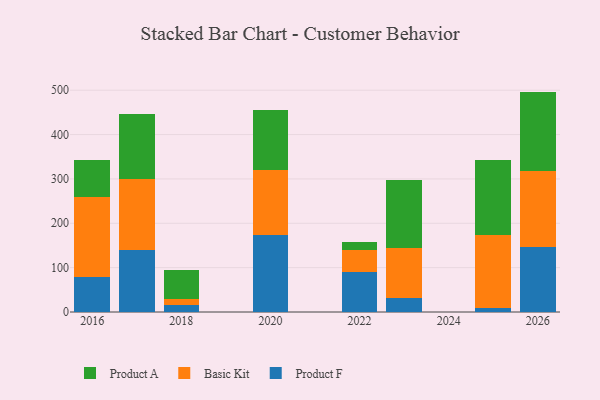
{"axis": {"x": "Year", "y": "Budget (USD K)"}, "legend": ["Basic Kit", "Product A", "Product F"], "data": [{"x": "2023", "y": 30.9, "type": "Product F"}, {"x": "2023", "y": 112.4, "type": "Basic Kit"}, {"x": "2023", "y": 155.3, "type": "Product A"}, {"x": "2016", "y": 78.4, "type": "Product F"}, {"x": "2016", "y": 180.0, "type": "Basic Kit"}, {"x": "2016", "y": 85.0, "type": "Product A"}, {"x": "2018", "y": 16.1, "type": "Product F"}, {"x": "2018", "y": 13.8, "type": "Basic Kit"}, {"x": "2018", "y": 63.8, "type": "Product A"}, {"x": "2017", "y": 139.8, "type": "Product F"}, {"x": "2017", "y": 160.9, "type": "Basic Kit"}, {"x": "2017", "y": 146.2, "type": "Product A"}, {"x": "2022", "y": 89.4, "type": "Product F"}, {"x": "2022", "y": 49.4, "type": "Basic Kit"}, {"x": "2022", "y": 18.3, "type": "Product A"}, {"x": "2026", "y": 147.3, "type": "Product F"}, {"x": "2026", "y": 170.4, "type": "Basic Kit"}, {"x": "2026", "y": 179.2, "type": "Product A"}, {"x": "2020", "y": 174.0, "type": "Product F"}, {"x": "2020", "y": 146.2, "type": "Basic Kit"}, {"x": "2020", "y": 135.4, "type": "Product A"}, {"x": "2025", "y": 8.2, "type": "Product F"}, {"x": "2025", "y": 165.7, "type": "Basic Kit"}, {"x": "2025", "y": 168.6, "type": "Product A"}]}